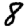
Digit: 8